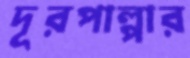
দূরপাল্পার